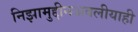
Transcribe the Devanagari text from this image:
निझामुद्दीनअवलीयाही